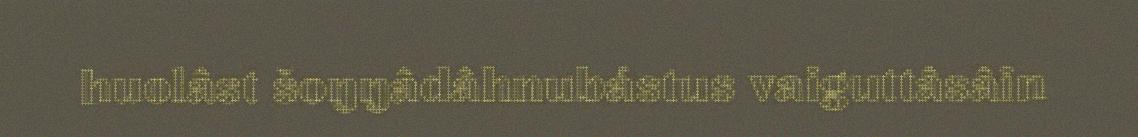
huolâst šoŋŋâdâhnubástus vaiguttâsâin